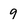
Character: 9